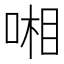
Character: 𠷹